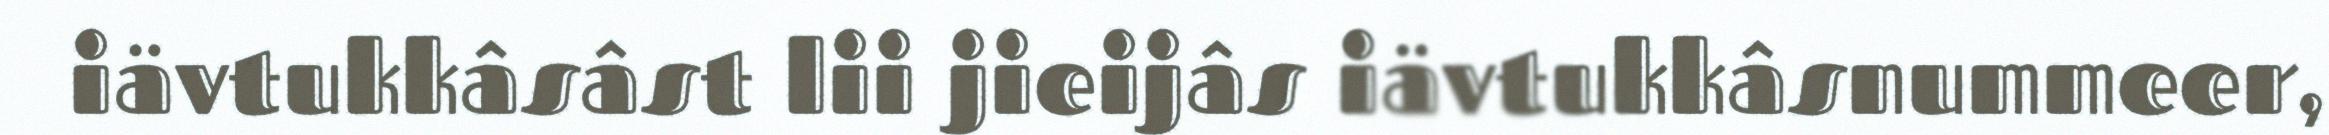
iävtukkâsâst lii jieijâs iävtukkâsnummeer,